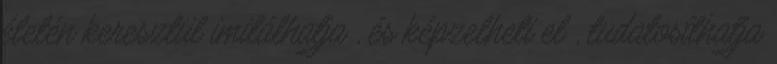
életén keresztül imitálhatja , és képzelheti el , tudatosíthatja